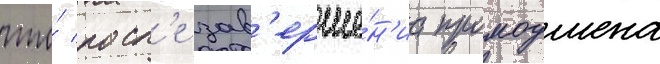
что́ посл'е зав'ерше́н'иа промоушена